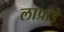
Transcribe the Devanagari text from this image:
लाप्राडे